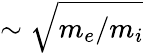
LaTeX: \sim\sqrt{m_{e}/m_{i}}